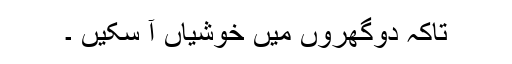
تاکہ دوگھروں میں خوشیاں آ سکیں ۔